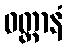
ဝတ္ထာနံ